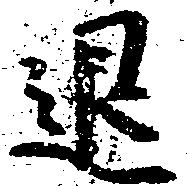
退